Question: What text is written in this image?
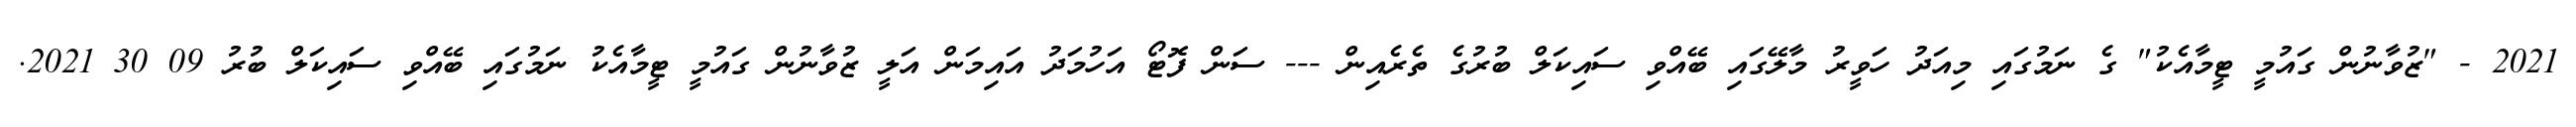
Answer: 2021 - "ޒުވާނުން ގައުމީ ޓީމާއެކު" ގެ ނަމުގައި މިއަދު ހަވީރު މާލޭގައި ބޭއްވި ސައިކަލް ބުރުގެ ތެރެއިން --- ސަން ފޮޓޯ އަހުމަދު އައިމަން އަލީ ޒުވާނުން ގައުމީ ޓީމާއެކު ނަމުގައި ބޭއްވި ސައިކަލް ބުރު 09 30 2021.